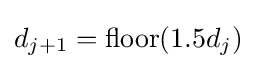
d_{j+1}=\operatorname {floor} (1.5d_{j})